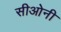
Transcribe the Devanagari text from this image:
सीओनी